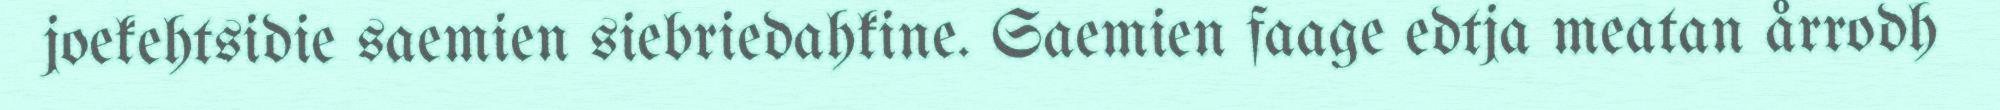
joekehtsidie saemien siebriedahkine. Saemien faage edtja meatan årrodh